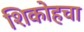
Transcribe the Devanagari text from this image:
शिकोहचा